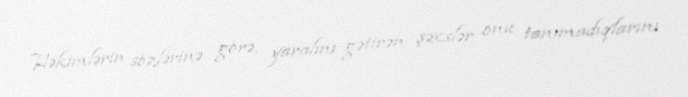
Həkimlərin sözlərinə görə, yaralını gətirən şəxslər onu tanımadıqlarını